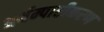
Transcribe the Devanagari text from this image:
अर्थम्पाष्टीकरण